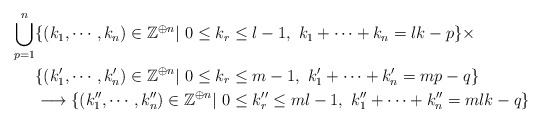
\begin{align*}\bigcup_{p=1}^n&\{(k_1, \cdots, k_n)\in\mathbb{Z}^{\oplus n}|\ 0\leq k_r\leq l-1,\ k_1+\cdots+k_n=lk-p\}\times\\ &\{(k_1', \cdots, k_n')\in\mathbb{Z}^{\oplus n}|\ 0\leq k_r\leq m-1,\ k_1'+\cdots+k_n'=mp-q\}\\ &\longrightarrow \{(k_1'', \cdots, k_n'')\in\mathbb{Z}^{\oplus n}|\ 0\leq k_r''\leq ml-1,\ k_1''+\cdots+k_n''=mlk-q\}\end{align*}